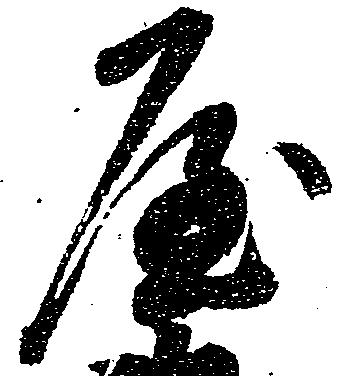
屋